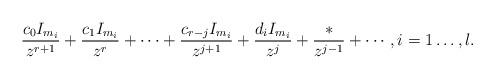
LaTeX: \begin{gather*}\frac{c_0 I_{m_i}}{z^{r+1}}+\frac{c_1 I_{m_i}}{z^{r}}+\cdots+\frac{c_{r-j}I_{m_i}}{z^{j+1}}+\frac{d_i I_{m_i}}{z^j}+\frac{*}{z^{j-1}}+\cdots, i=1\ldots,l.\end{gather*}